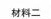
材料二